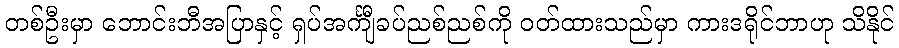
တစ်ဦးမှာ ဘောင်းဘီအပြာနှင့် ရှပ်အင်္ကျီခပ်ညစ်ညစ်ကို ဝတ်ထားသည်မှာ ကားဒရိုင်ဘာဟု သိနိုင်